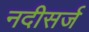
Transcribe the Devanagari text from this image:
नदीसर्ज